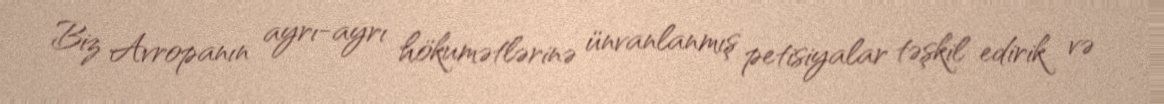
Biz Avropanın ayrı-ayrı hökumətlərinə ünvanlanmış petisiyalar təşkil edirik və